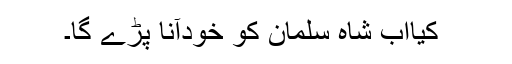
﻿﻿ کیااب شاہ سلمان کو خودآنا پڑے گا۔